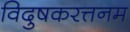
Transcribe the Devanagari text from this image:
विदुषकरत्तनम